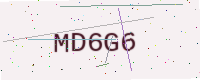
Text: MD6G6